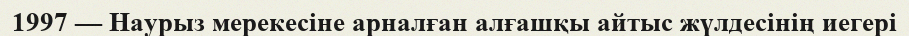
1997 — Наурыз мерекесіне арналған алғашқы айтыс жүлдесінің иегері